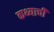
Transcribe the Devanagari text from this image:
कथ्याची